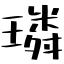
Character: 璘